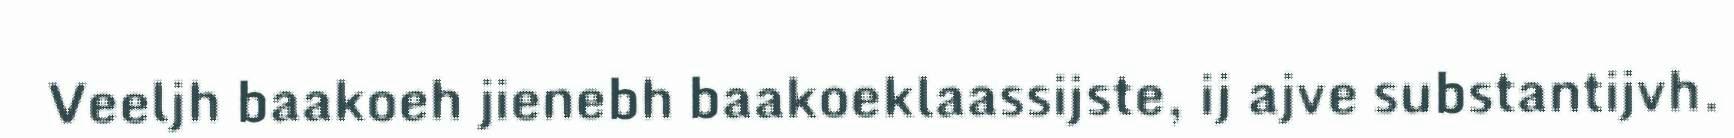
Veeljh baakoeh jienebh baakoeklaassijste, ij ajve substantijvh.